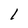
Character: 1